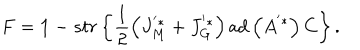
LaTeX: F = { { \bf 1 } } - s t r \left\{ \frac { 1 } { 2 } \left( J _ { M } ^ { ' * } + J _ { G } ^ { ' * } \right) \mathrm { a d } \left( A ^ { ' * } \right) C \right\} .